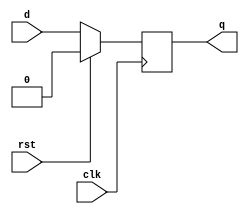
module dflip_flop(
    input           clk,
    input           rst,
    input           d,
    output reg      q
);

// TODO: Implementasi logika D 
//flip-flop di sini
 always @(posedge clk) begin
	if (rst) begin
		q <= 0;
	end else begin
		q <= d;
		end
 end
endmodule